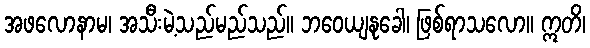
အဖလောနာမ၊ အသီးမဲ့သည်မည်သည်။ ဘဝေယျနုခေါ၊ ဖြစ်ရာသလော။ ဣတိ၊